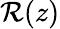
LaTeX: \mathcal{R}(z)